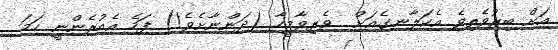
އަށް ބިރުވެތިވެ އެކަލާނގެއަށް  ވެރިވާމީހާ (ދަންނާށެވެ!) ފަހެ އެއުރެންނީ ހަމަ